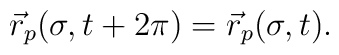
\vec r_p(\sigma,t+2\pi)=\vec r_p(\sigma,t).